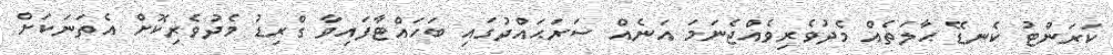
ކަރަންޓު ކެނޑޭ ޙާލަތެއް މެދުވެރިވެއްޖެނަމަ އަނެއް ސަރަޙައްދުގައި ބަހައްޓާފައިވާ ގްރިޑު މެދުވެރިކޮށް އެތަނަކަށް